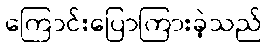
ကြောင်းပြောကြားခဲ့သည်